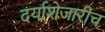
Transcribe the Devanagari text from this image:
दर्याशेजारीच